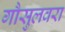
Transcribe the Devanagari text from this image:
गौसुलवरा